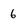
Character: 6